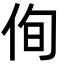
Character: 侚